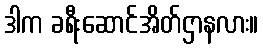
ဒါက ခရီးဆောင်အိတ်ဌာနလား။